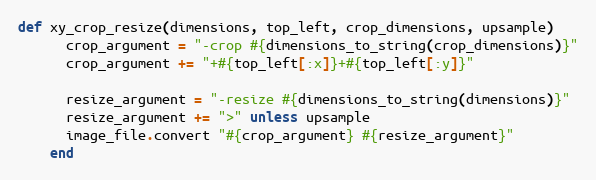
Language: Ruby
def xy_crop_resize(dimensions, top_left, crop_dimensions, upsample)
      crop_argument = "-crop #{dimensions_to_string(crop_dimensions)}"
      crop_argument += "+#{top_left[:x]}+#{top_left[:y]}"

      resize_argument = "-resize #{dimensions_to_string(dimensions)}"
      resize_argument += ">" unless upsample
      image_file.convert "#{crop_argument} #{resize_argument}"
    end